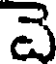
వె